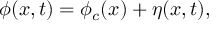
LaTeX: \phi ( x , t ) = \phi _ { c } ( x ) + \eta ( x , t ) ,